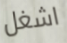
اشغل